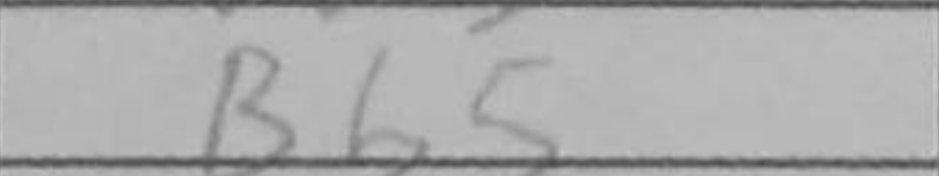
Transcription: Bb5